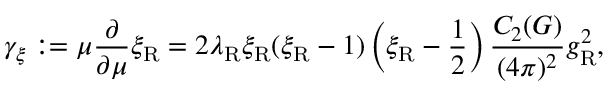
\gamma _ { \xi } : = \mu \frac \partial { \partial \mu } \xi _ { \mathrm { R } } = 2 \lambda _ { \mathrm { R } } \xi _ { \mathrm { R } } ( \xi _ { \mathrm { R } } - 1 ) \left( \xi _ { \mathrm { R } } - { \frac { 1 } { 2 } } \right) \frac { C _ { 2 } ( G ) } { ( 4 \pi ) ^ { 2 } } g _ { \mathrm { R } } ^ { 2 } ,